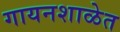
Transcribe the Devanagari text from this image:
गायनशाळेत